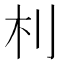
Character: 𣏀